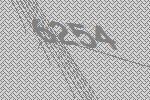
6254